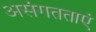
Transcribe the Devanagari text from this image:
असंगतताएं